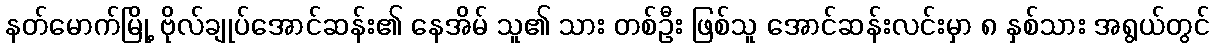
နတ်မောက်မြို့ ဗိုလ်ချုပ်အောင်ဆန်း၏ နေအိမ် သူ၏ သား တစ်ဦး ဖြစ်သူ အောင်ဆန်းလင်းမှာ ၈ နှစ်သား အရွယ်တွင်